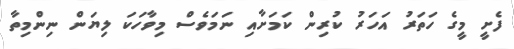
ފެށީ މީގެ ހަތަރު އަހަރު ކުރިން ކަމަށާއި ނަމަވެސް މިވާހަކަ ލިޔަން ނިންމިތާ